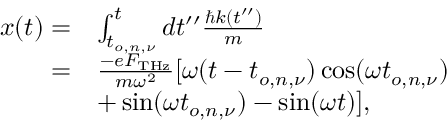
\begin{array} { r l } { x ( t ) = } & { \int _ { t _ { o , n , \nu } } ^ { t } d t ^ { \prime \prime } \frac { \hbar k ( t ^ { \prime \prime } ) } { m } } \\ { = } & { \frac { - e F _ { \mathrm { T H z } } } { m \omega ^ { 2 } } [ \omega ( t - t _ { o , n , \nu } ) \cos ( \omega t _ { o , n , \nu } ) } \\ & { + \sin ( \omega t _ { o , n , \nu } ) - \sin ( \omega t ) ] , } \end{array}